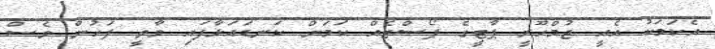
އެކަމަކު އެއީ ޖުމްހޫރީ ޕާޓީގެ ޕޯސްޓެއް ކަމަށް ކަނޑައަޅާފައި ވާތީ ފަހުން ވެސް